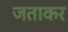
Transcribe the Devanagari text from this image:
जताकर